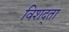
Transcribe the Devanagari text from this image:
विशद्ता